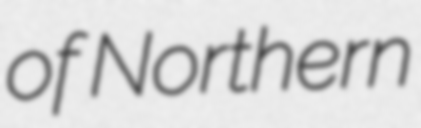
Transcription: of Northern